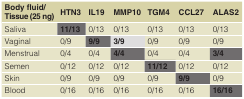
<table><thead><tr><td><b>Body fluid/Tissue (25 ng)</b></td><td><b>HTN3</b></td><td><b>IL19</b></td><td><b>MMP10</b></td><td><b>TGM4</b></td><td><b>CCL27</b></td><td><b>ALAS2</b></td></tr></thead><tbody><tr><td>Saliva</td><td><b>11/13</b></td><td>0/13</td><td>0/13</td><td>0/13</td><td>0/13</td><td>0/13</td></tr><tr><td>Vaginal</td><td>0/9</td><td><b>9/9</b></td><td><b>3/9</b></td><td>0/9</td><td>0/9</td><td>0/9</td></tr><tr><td>Menstrual</td><td>0/4</td><td>0/4</td><td><b>4/4</b></td><td>0/4</td><td>0/4</td><td><b>3/4</b></td></tr><tr><td>Semen</td><td>0/12</td><td>0/12</td><td>0/12</td><td><b>11/12</b></td><td>0/12</td><td>0/12</td></tr><tr><td>Skin</td><td>0/9</td><td>0/9</td><td>0/9</td><td>0/9</td><td><b>9/9</b></td><td>0/9</td></tr><tr><td>Blood</td><td>0/16</td><td>0/16</td><td>0/16</td><td>0/16</td><td>0/16</td><td><b>16/16</b></td></tr></tbody></table>